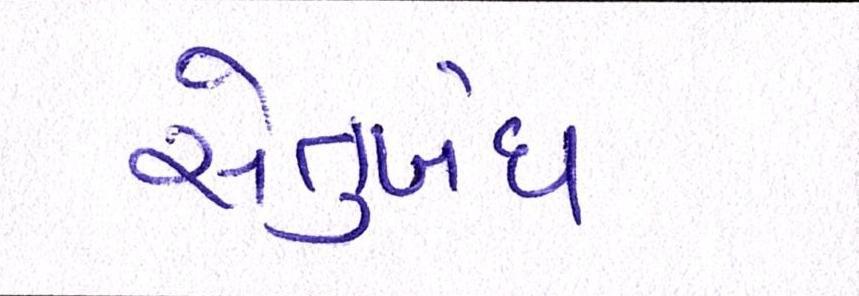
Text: સેતુબંધ